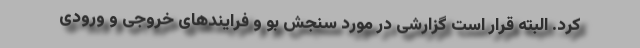
کرد. البته قرار است گزارشی در مورد سنجش بو و فرایندهای خروجی و ورودی